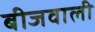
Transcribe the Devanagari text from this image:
बीजवाली